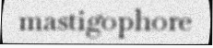
mastigophore